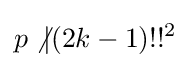
p\not {\mid }(2k-1)!!^{2}